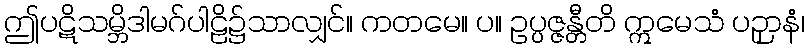
ဤပဋိသမ္ဘိဒါမဂ်ပါဠိ၌သာလျှင်။ ကတမေ။ ပ။ ဥပ္ပဇ္ဇန္တီတိ ဣမေသံ ပဉှာနံ၊